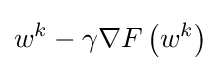
w^{k}-\gamma \nabla F\left(w^{k}\right)